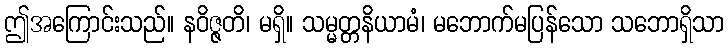
ဤအကြောင်းသည်။ နဝိဇ္ဇတိ၊ မရှိ။ သမ္မတ္တနိယာမံ၊ မဘောက်မပြန်သော သဘောရှိသာ